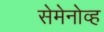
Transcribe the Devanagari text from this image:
सेमेनोव्ह